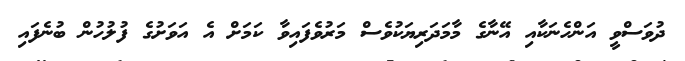
ދުވަސްވީ އަންހެނަކާއި އޭނާގެ މާމަދަރިޔަކުވެސް މަރުވެފައިވާ ކަމަށް އެ އަވަށުގެ ފުލުހުން ބުނެފައި